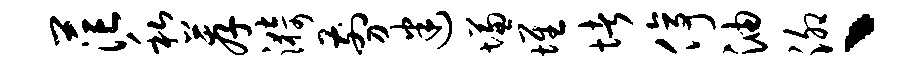
茫私荐漪剪迷慊堆堵停油泖丶